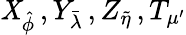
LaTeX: \mathit{X}_{\hat{{\phi}}}\, ,Y_{\bar{{\lambda}}}\, ,Z_{\tilde{{\eta}}}\, ,T_{\mu^{\prime}}